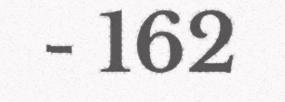
- 162